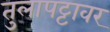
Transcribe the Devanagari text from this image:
तुलापट्टावर